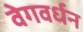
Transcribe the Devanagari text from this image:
वेगवर्धन